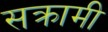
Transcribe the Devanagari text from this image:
सक्रामी